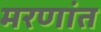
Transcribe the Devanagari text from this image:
मरणांत